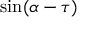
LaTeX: \sin ( \alpha - \tau )